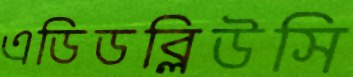
এডিডব্লিউসি